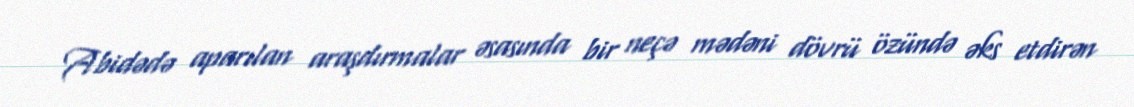
Abidədə aparılan araşdırmalar əsasında bir neçə mədəni dövrü özündə əks etdirən